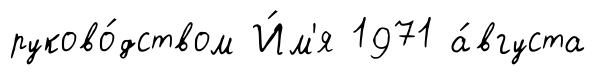
руково́дством И́м'я 1971 а́вгуста